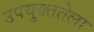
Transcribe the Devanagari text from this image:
उपयुक्ततेला